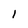
Character: 1